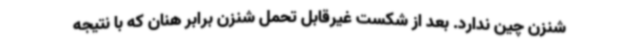
شنزن چین ندارد. بعد از شکست غیرقابل تحمل شنزن برابر هنان که با نتیجه